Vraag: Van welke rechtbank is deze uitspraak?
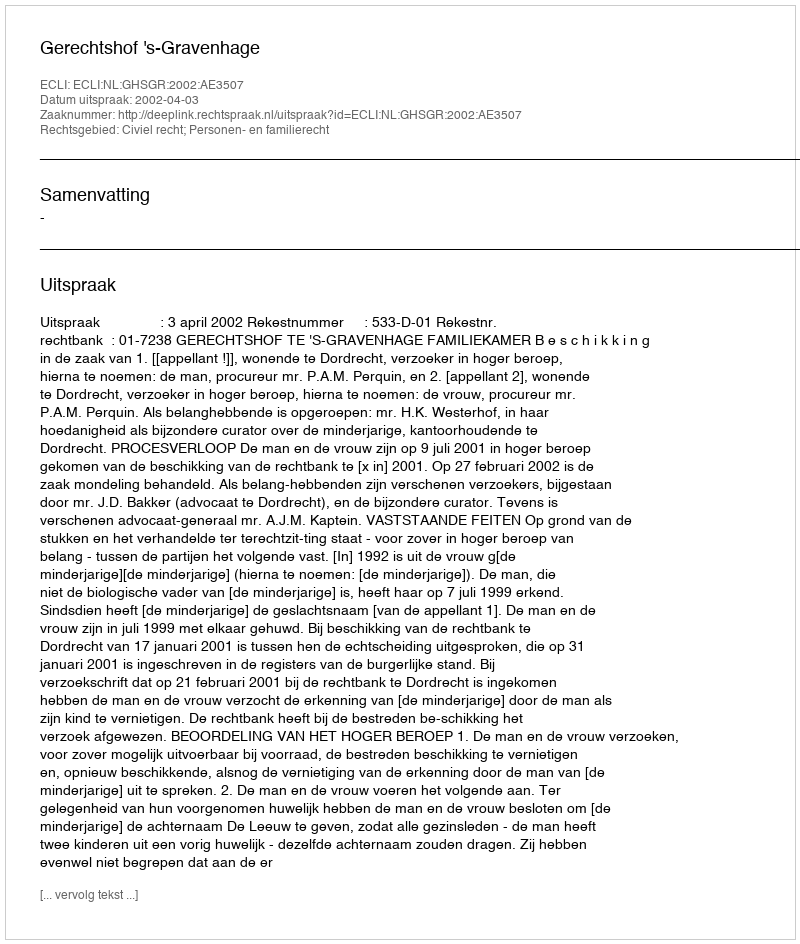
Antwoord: Gerechtshof 's-Gravenhage